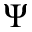
\Psi